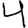
Digit: 4